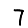
Digit: 7